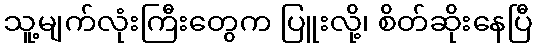
သူ့မျက်လုံးကြီးတွေက ပြူးလို့၊ စိတ်ဆိုးနေပြီ